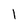
Character: l